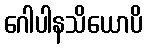
ဂေါပါနသိယောပိ